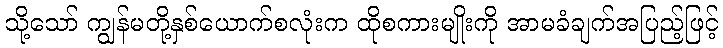
သို့သော် ကျွန်မတို့နှစ်ယောက်စလုံးက ထိုစကားမျိုးကို အာမခံချက်အပြည့်ဖြင့်